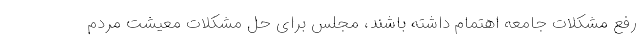
رفع مشکلات جامعه اهتمام داشته باشند، مجلس برای حل مشکلات معیشت مردم